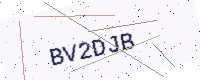
Text: BV2DJB